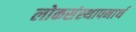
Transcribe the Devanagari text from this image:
लोकसंस्थापनार्थ